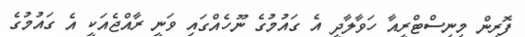
ފޮރިން މިނިސްޓްރީއާ ހަވާލާދީ އެ ގައުމުގެ ނޫހެއްގައި ވަނީ ރާއްޖެއަކީ އެ ގައުމުގެ